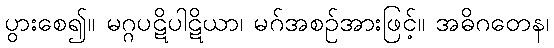
ပွားစေ၍။ မဂ္ဂပဋိပါဋိယာ၊ မဂ်အစဉ်အားဖြင့်။ အဓိဂတေန၊